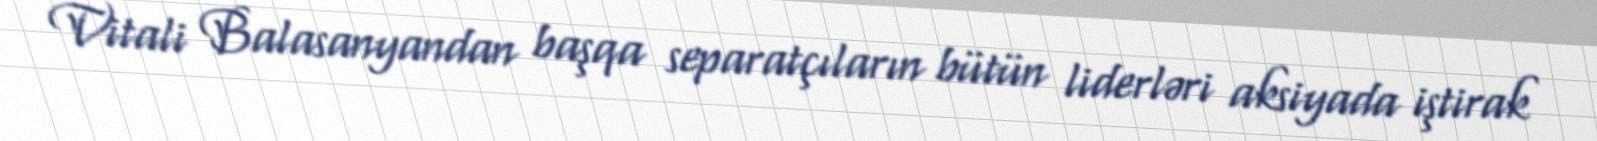
Vitali Balasanyandan başqa separatçıların bütün liderləri aksiyada iştirak